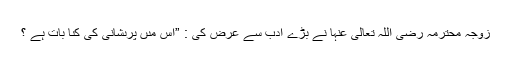
زوجۂ محترمہ رَضِیَ اللّٰہُ تَعَالٰی عَنْہا نے بڑے اَدب سے عرض کى : ”اِس مىں پرىشانى کى کىا بات ہے ؟